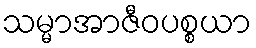
သမ္မာအာဇီဝပစ္စယာ